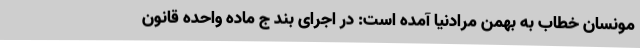
مونسان خطاب به بهمن مرادنیا آمده است: در اجرای بند ج ماده واحده قانون